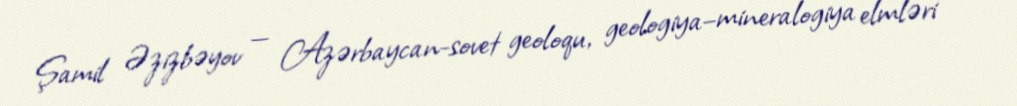
Şamil Əzizbəyov — Azərbaycan-sovet geoloqu, geologiya–mineralogiya elmləri